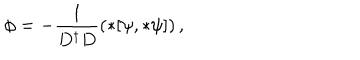
\phi = - \frac { 1 } { D ^ { \dagger } D } \left( * [ \psi , * \psi ] \right) ,